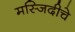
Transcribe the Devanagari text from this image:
मस्जिदीचे